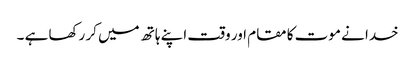
خدا نے موت کا مقام اور وقت اپنے ہاتھ میں کر رکھا ہے ۔